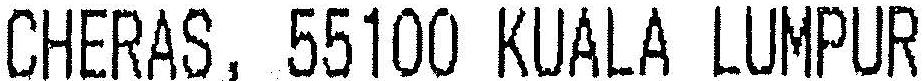
CHERAS, 55100 KUALA LUMPUR